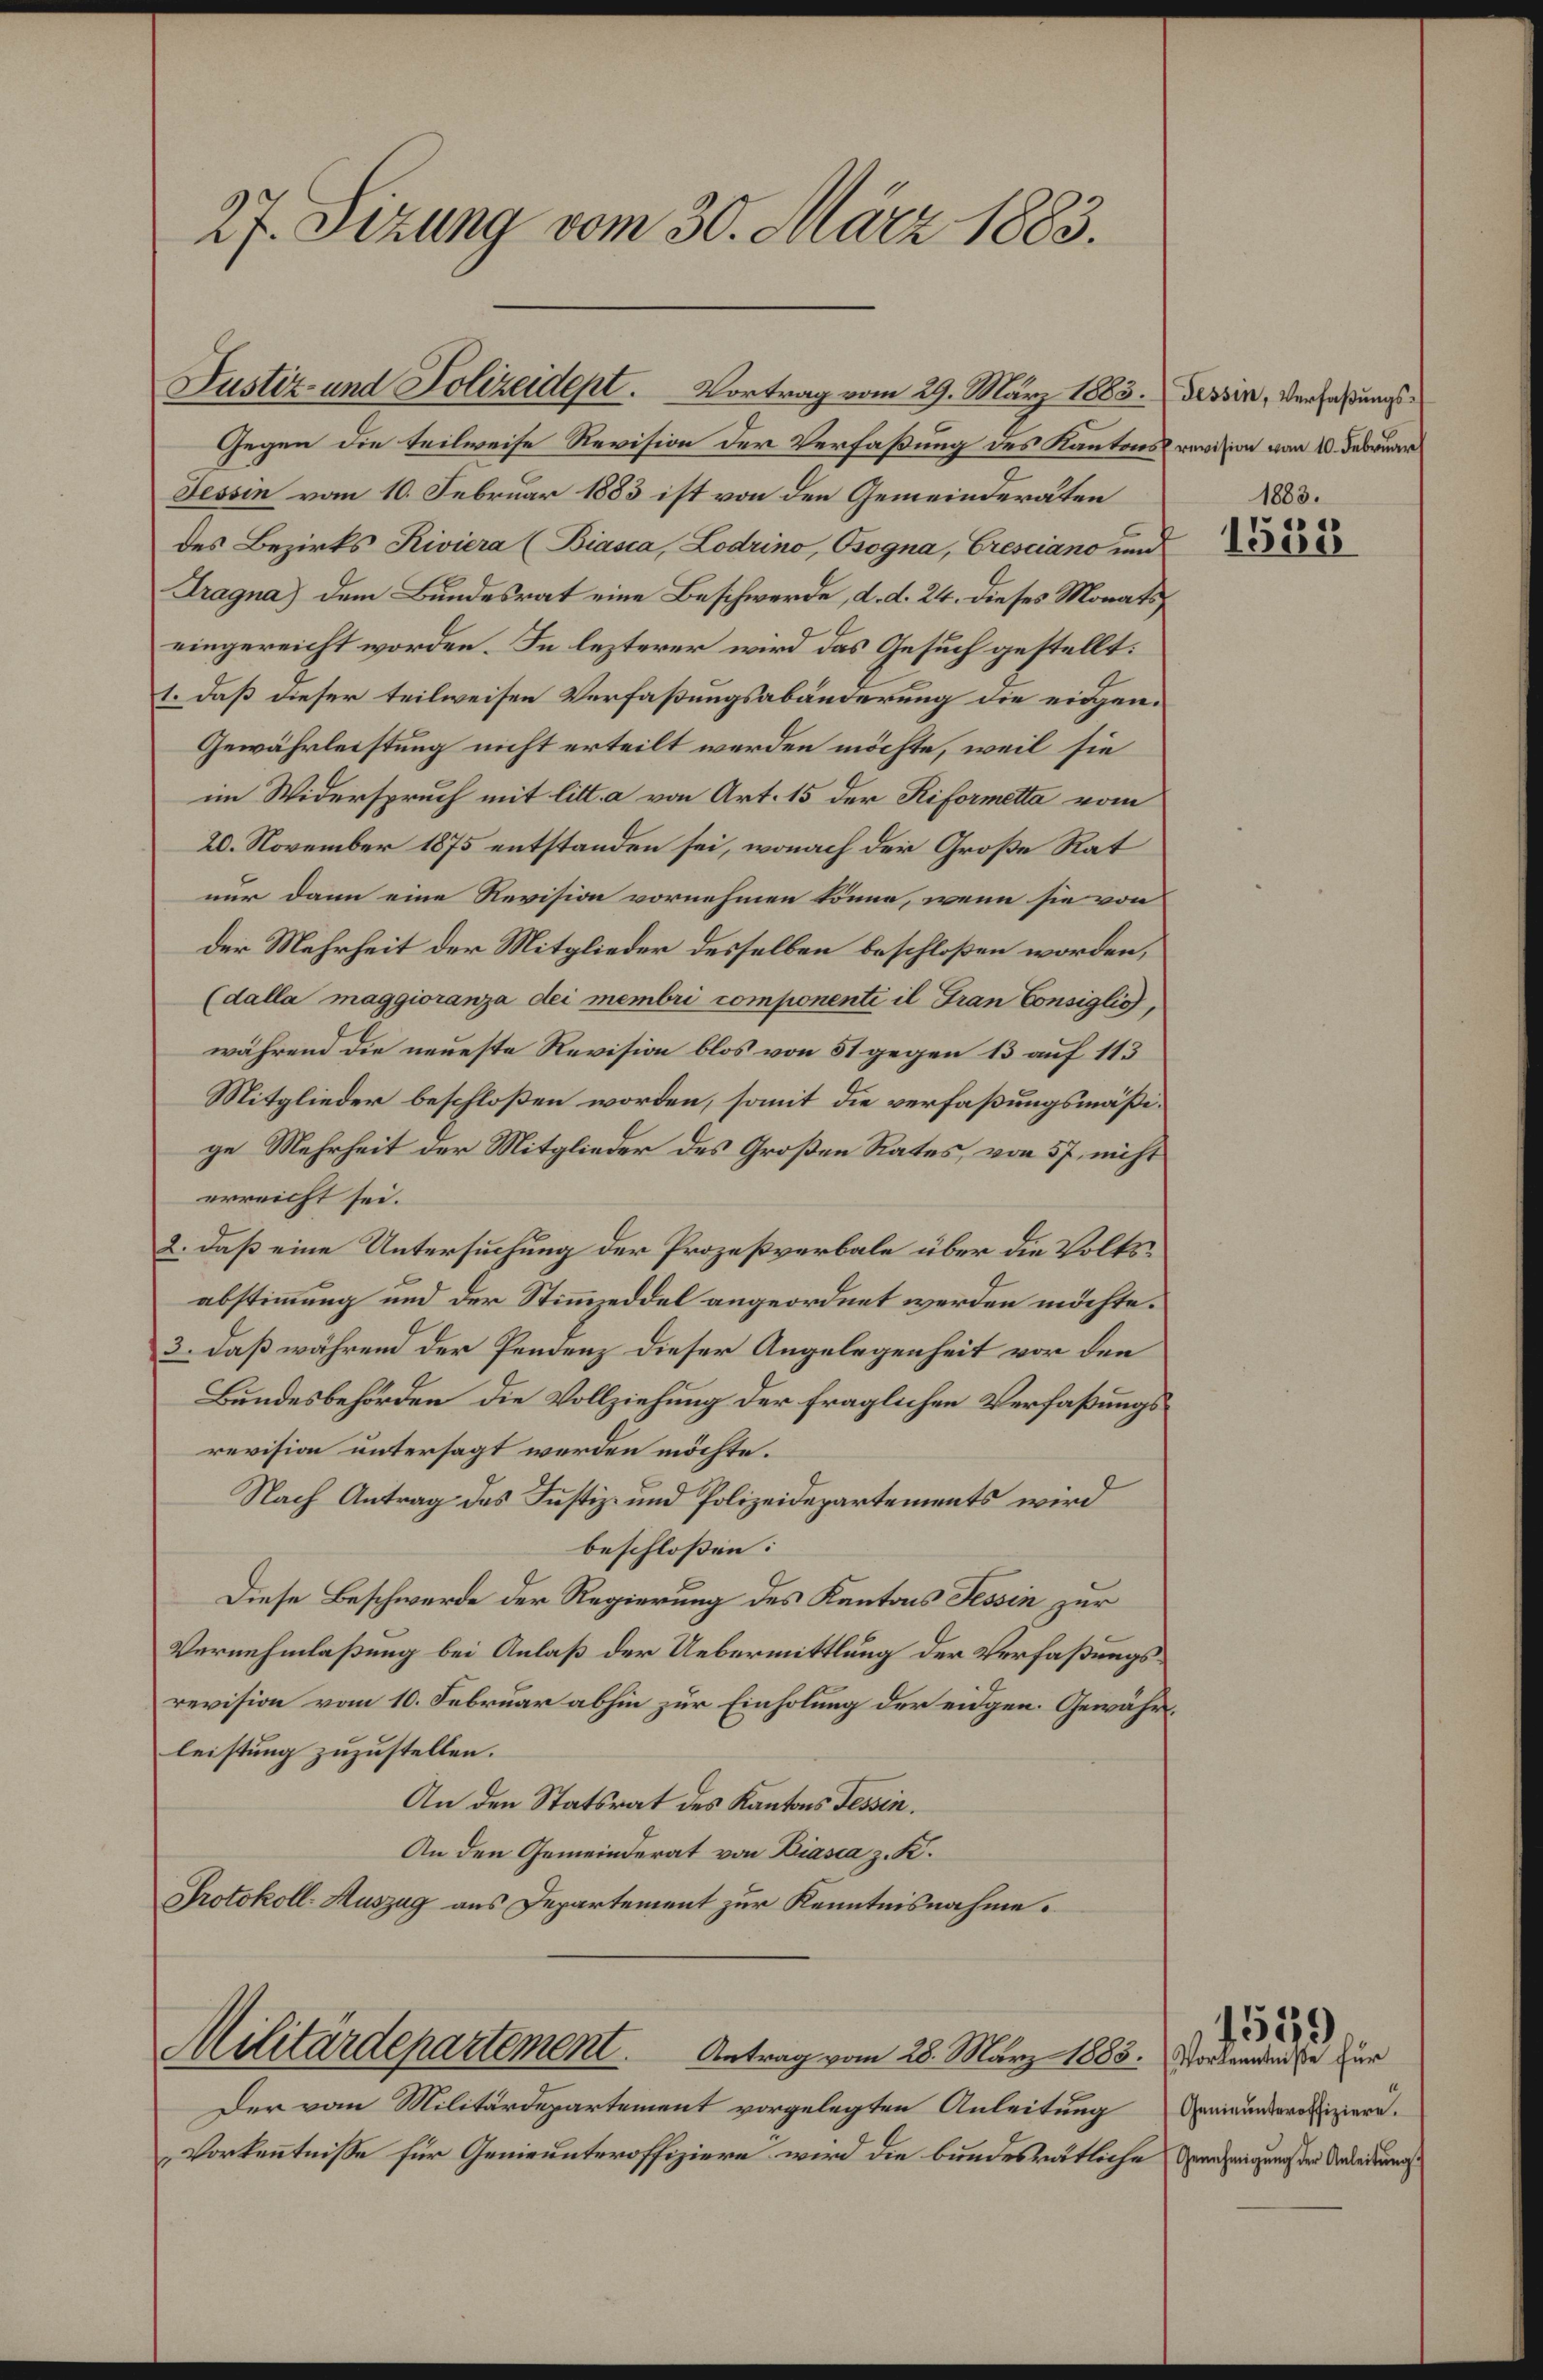
27. Sizung vom 30. März 1883.

Gegen die teilweise Revision der Verfaßung des Kantons revision von 10. Februar
Tessin vom 10. Februar 1883 ist von den Gemeinderäten
des Bezirks Riviera (Biasca, Lodrino, Osogna, Cresciano und
Tragna) dem Bundesrat eine Beschwerde, d. d. 24. dieses Monatseingereicht worden. In lezterer wird das Gesuch gestellt:
1. daß dieser teilweisen Verfaßungsabänderung die eidgen¬
Gewährleistung nicht erteilt werden möchte, weil sie
im Widerspruch mit litt. a von Art. 15 der Riformetta vom
20. November 1875 entstanden sei, wonach der Große Rat
nur dann eine Revision vornehmen könne, wenn sie von
der Mehrheit der Mitglieder desselben beschloßen worden,
(dalla maggioranza dei membri componenti il Tran Consiglio,
während die neueste Revision blos von 51 gegen 13 auf 113
Mitglieder beschloßen worden, somit die verfaßungsmäßige Mehrheit der Mitglieder des Großen Rates, von 57 nicht
erreicht sei.
2. daß eine Untersuchung der Prozeßverbale über die Volksabstimmung und der Stimmzeddel angeordnet werden möchte.
3. daß während der Pendenz dieser Angelegenheit vor den
Bundesbehörden die Vollziehung der fraglichen Verfaßungsrevision untersagt werden möchte.
Nach Antrag des Justiz- und Polizeidepartements wird
beschlossen:
Diese Beschwerde der Regierung des Kantons Tessin zur
Vernehmlaßung bei Anlaß der Uebermittlung der Verfaßungsrevision vom 10. Februar abhin zur Einholung der eidgen. Gewährleistung zuzustellen.
An den Statsrat des Kantons Tessin.
An den Gemeinderat von Diasca z. K.
Protokoll- Auszug aus Departement zur Kenntnisnahme.

Justiz- und Polizeidept. Vortrag vom 29. März 1883. Tessin, Verfaßungs¬

Militärdepartement.         Antrag vom 28. März 1888. Vorbenweise zur

Der vom Militärdepartement vorgelegten Anleitung
Vorkenntnisse für Genieunteroffiziere wird die bundesrätliche Vernehmigung der Anleidungss

1883.

e
1500

Genieunteroffiziere.

451.